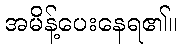
အမိန့်ပေးနေရ၏။